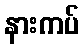
နားကပ်